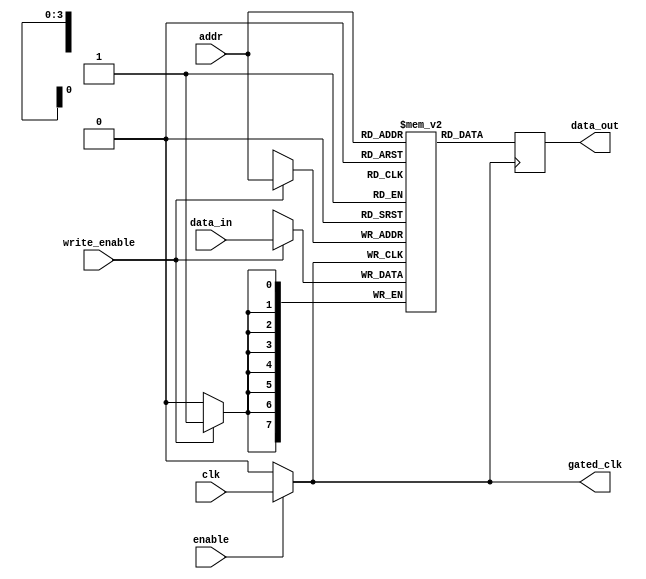
module memory_block (
    input wire clk,               // Original clock signal
    input wire enable,            // Control signal to enable clock
    input wire [7:0] data_in,     // Data input for memory
    input wire [3:0] addr,        // Address input for memory
    input wire write_enable,       // Write enable signal
    output reg [7:0] data_out,     // Data output from memory
    output reg gated_clk          // Gated clock output
);

    // Memory array (8-bit wide, 16 locations)
    reg [7:0] mem_array [15:0];

    // Clock gating logic
    always @(*) begin
        if (enable) begin
            gated_clk = clk; // Pass through the clock if enabled
        end else begin
            gated_clk = 1'b0; // Disable clock if not enabled
        end
    end

    // Memory operations
    always @(posedge gated_clk) begin
        if (write_enable) begin
            mem_array[addr] <= data_in; // Write data to memory
        end
        data_out <= mem_array[addr]; // Read data from memory
    end

endmodule